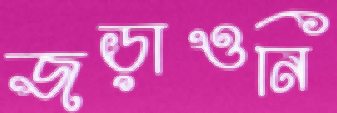
জড়াওনি